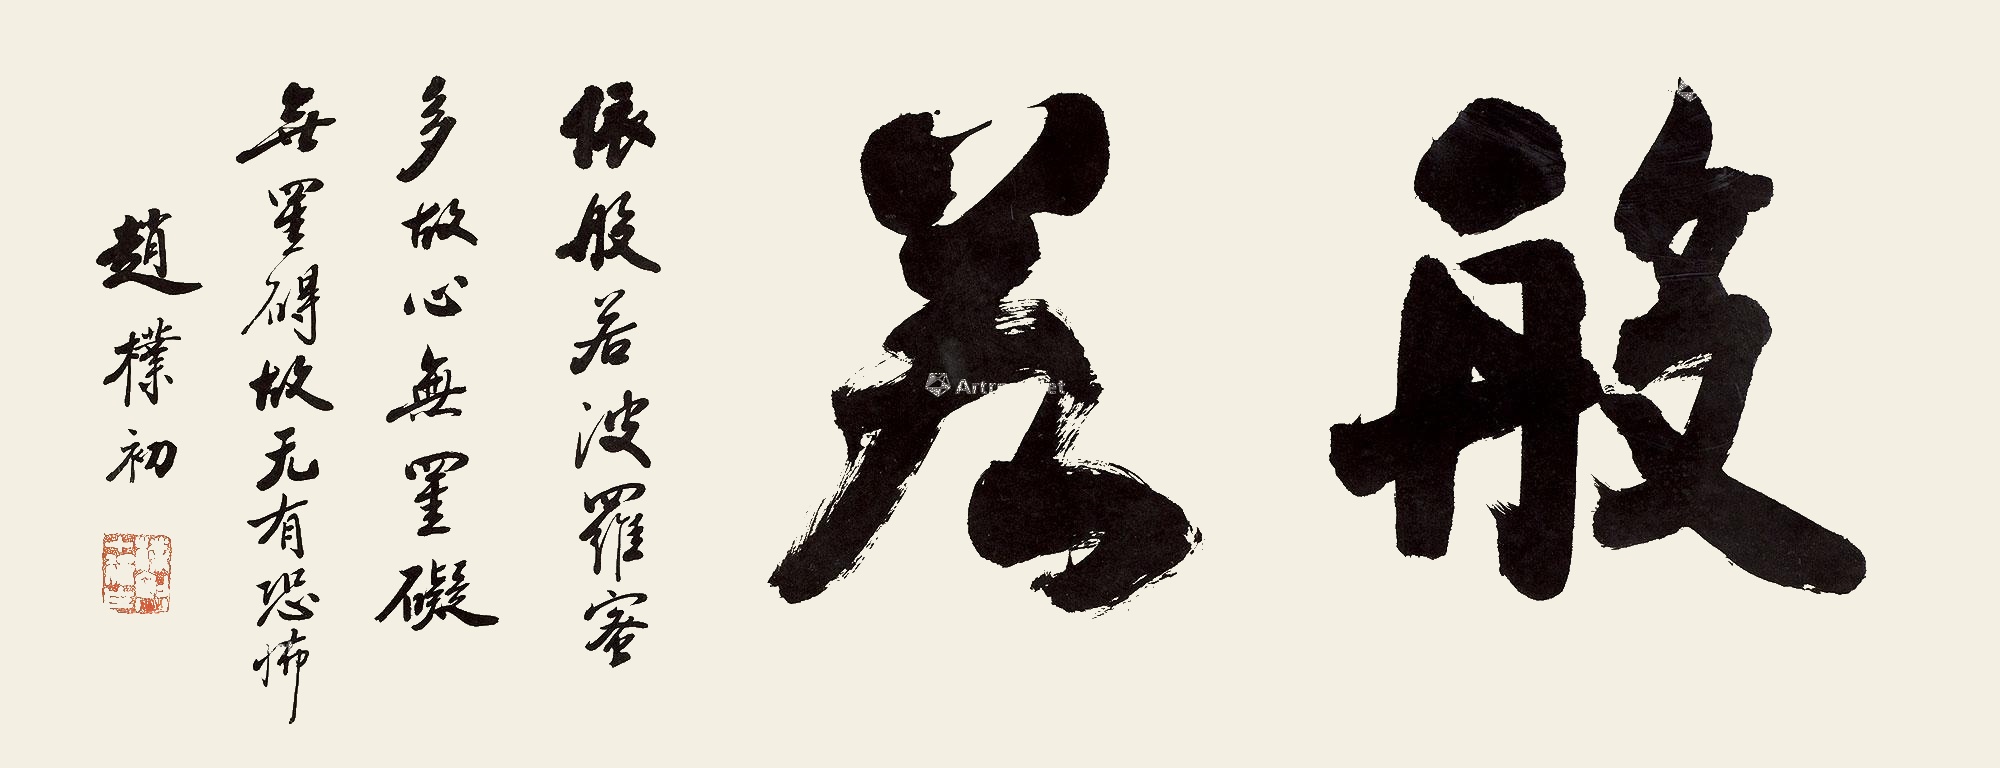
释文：依般若波罗蜜多故，心无挂碍；无挂碍故，无有恐怖。赵朴初。